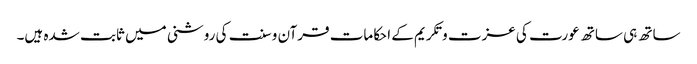
ساتھ ہی ساتھ عورت کی عزت و تکریم کے احکامات قرآن و سنت کی روشنی میں ثابت شدہ ہیں۔